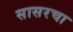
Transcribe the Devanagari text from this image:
सासरचा